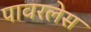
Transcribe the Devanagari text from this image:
पावरलेस